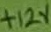
Text: +12V